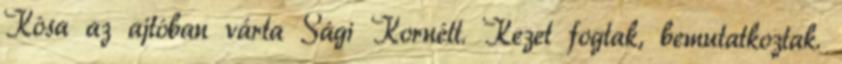
Kósa az ajtóban várta Sági Kornélt. Kezet fogtak, bemutatkoztak.